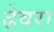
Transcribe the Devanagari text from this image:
ढेवरा